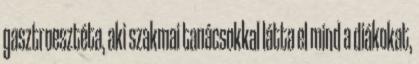
gasztroesztéta, aki szakmai tanácsokkal látta el mind a diákokat,